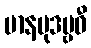
မာနမုဒဗ္ဗဓီ